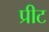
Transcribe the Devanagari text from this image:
प्रीट